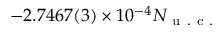
- 2 . 7 4 6 7 ( 3 ) \times 1 0 ^ { - 4 } N _ { \mathrm { ~ u ~ . ~ c ~ . ~ } }